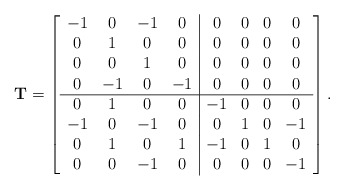
\begin{align*}\mathbf{T}=\left[\begin{array}{cccc|cccc}-1& 0&-1& 0& 0& 0& 0& 0\\ 0& 1& 0& 0& 0& 0& 0& 0\\ 0& 0& 1& 0& 0& 0& 0& 0\\ 0&-1& 0&-1& 0& 0& 0& 0\\ \hline 0& 1& 0& 0&-1& 0& 0& 0\\-1& 0&-1& 0& 0& 1& 0&-1\\ 0& 1& 0& 1&-1& 0& 1& 0\\ 0& 0&-1& 0& 0& 0& 0&-1\end{array}\right].\end{align*}